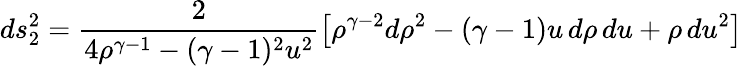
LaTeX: ds_{2}^{2}=\frac{2}{4\rho^{\gamma-1}-(\gamma-1)^{2}u^{2}}\left[\rho^{\gamma-2}d\rho^{2}-(\gamma-1)u\, d\rho\, du+\rho\, du^{2}\right]